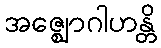
အဇ္ဈောဂါဟန္တိ